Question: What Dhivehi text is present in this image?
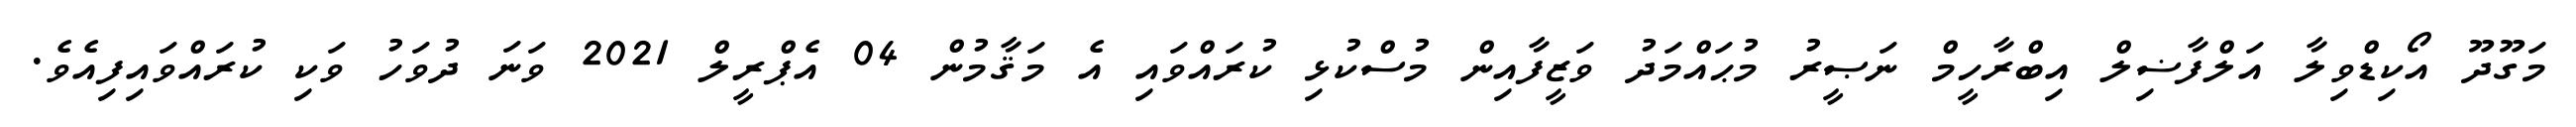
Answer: މަގޫދޫ އޯކިޑްވިލާ އަލްފާޟިލް އިބްރާހީމް ނަޞީރު މުޙައްމަދު ވަޒީފާއިން މުސްކުޅި ކުރައްވައި އެ މަޤާމުން 04 އެޕްރީލް 2021 ވަނަ ދުވަހު ވަކި ކުރައްވައިފިއެވެ.